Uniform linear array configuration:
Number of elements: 8
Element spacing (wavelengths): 0.25
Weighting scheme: blackman
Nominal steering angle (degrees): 30
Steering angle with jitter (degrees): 30.421
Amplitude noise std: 0.05
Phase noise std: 0.05

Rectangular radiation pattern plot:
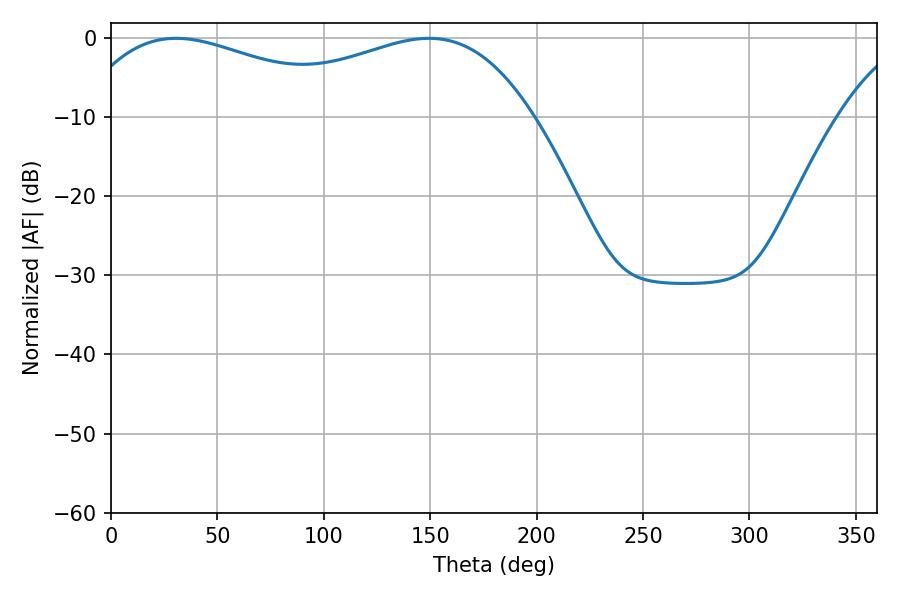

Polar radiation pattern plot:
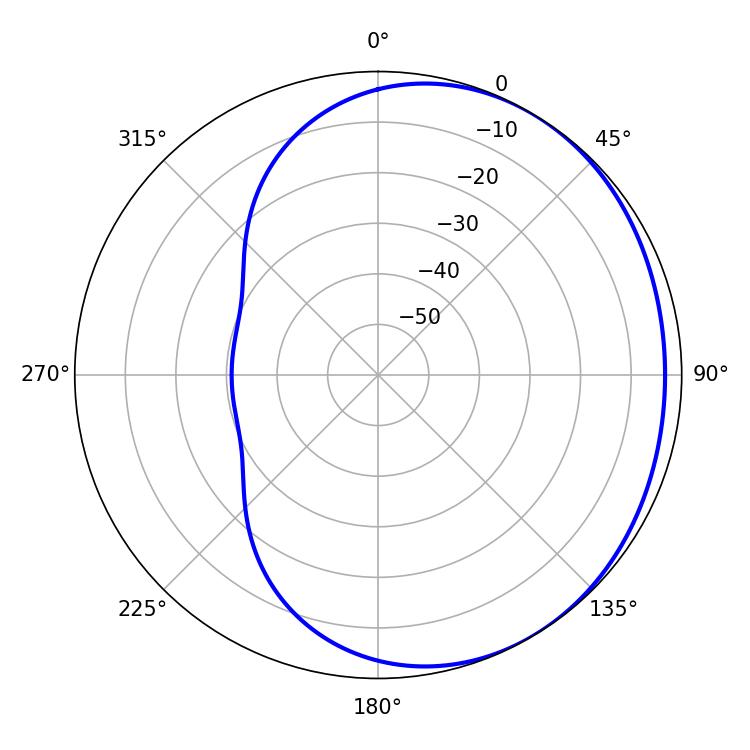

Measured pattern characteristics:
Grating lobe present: FALSE
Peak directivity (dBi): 1.672
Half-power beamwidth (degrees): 75.96
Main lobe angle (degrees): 30.6